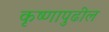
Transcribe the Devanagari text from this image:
कृष्णापुढील